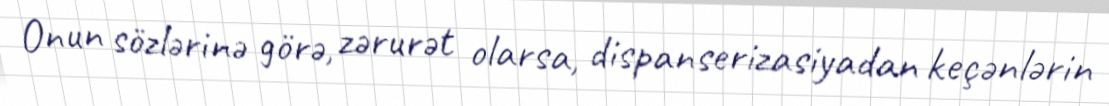
Onun sözlərinə görə, zərurət olarsa, dispanserizasiyadan keçənlərin